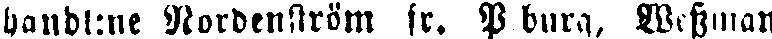
handl:ne Nordenström fr. P burg, Wessman